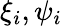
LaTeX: \xi_{i},\psi_{i}